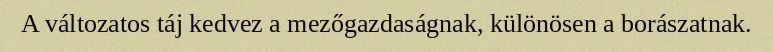
A változatos táj kedvez a mezőgazdaságnak, különösen a borászatnak.